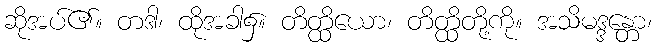
ဆိုအပ်၏။ တဒါ၊ ထိုအခါ၌။ တိတ္ထိယော၊ တိတ္ထိတို့ကို။ အသိမဒ္ဒန္တော၊